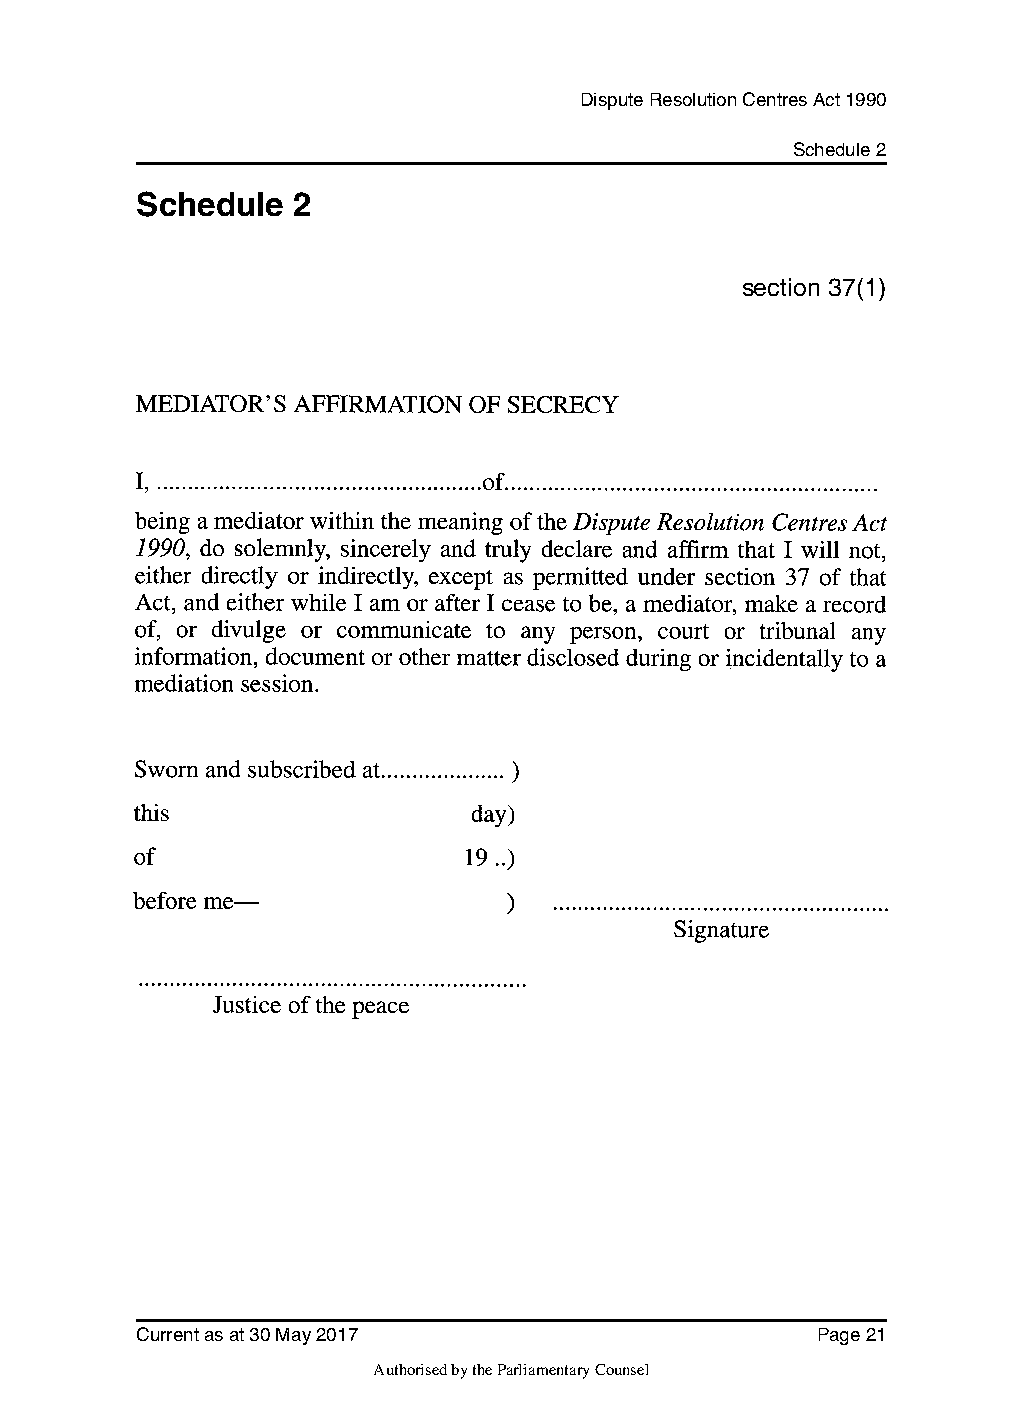
Dispute Resolution Centres Act 1990
 Schedule 2
 Schedule   2
 section 37(1)
 Current as at 30 May 2017                    Page 21
 Authorised by the Parliamentary Counsel